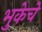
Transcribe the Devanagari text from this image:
भुकेचे